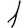
Digit: 1